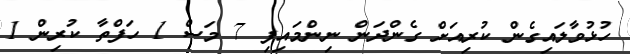
ހުޅުވާލައިގެން ކުރިއަށް ގެންދަން ނިންމައިފި 7 މަސް 1 ހަފްތާ ކުރިން 1